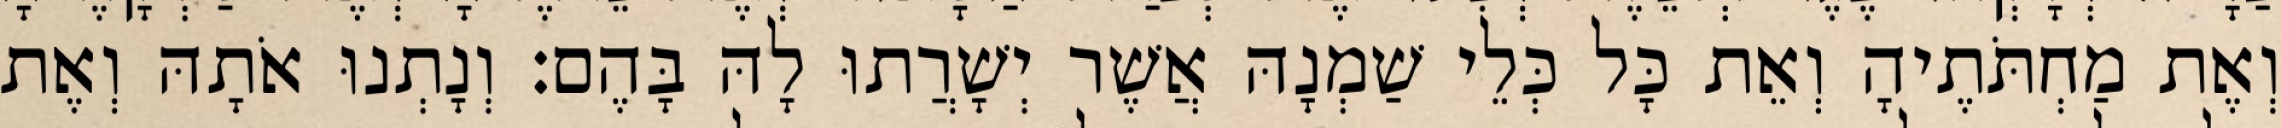
וְאֶת מַחְתֹּתֶיהָ וְאֵת כָּל כְּלֵי שַׁמְנָהּ אֲשֶׁר יְשָׁרֲתוּ לָהּ בָּהֶם׃ וְנָתְנוּ אֹתָהּ וְאֶת